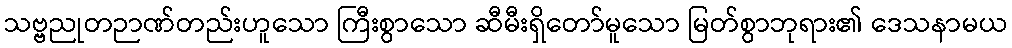
သဗ္ဗညုတဉာဏ်တည်းဟူသော ကြီးစွာသော ဆီမီးရှိတော်မူသော မြတ်စွာဘုရား၏ ဒေသနာမယ